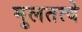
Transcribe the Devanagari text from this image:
मुलतत्वे